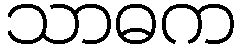
သာဓက